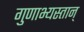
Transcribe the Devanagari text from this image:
गुणाभ्यस्तान्